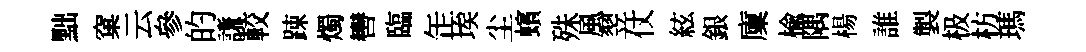
黜窠云參的謙較踈燭轡臨𦈢埃尘蠙殊風翌仗絃銀廩楡隅楊誰製极枋瑪